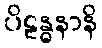
ပိဠန္ဓနာနိ